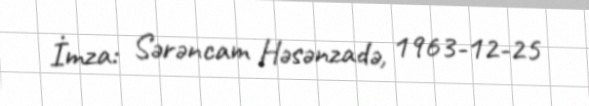
İmza: Sərəncam Həsənzadə, 1963-12-25